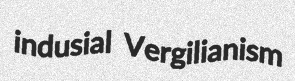
indusial Vergilianism